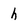
Character: h